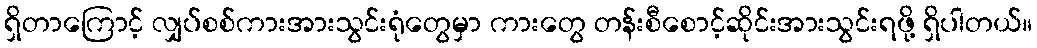
ရှိတာကြောင့် လျှပ်စစ်ကားအားသွင်းရုံတွေမှာ ကားတွေ တန်းစီစောင့်ဆိုင်းအားသွင်းရဖို့ ရှိပါတယ်။